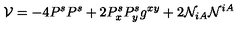
{ \cal V } = - 4 P ^ { s } P ^ { s } + 2 P _ { x } ^ { s } P _ { y } ^ { s } g ^ { x y } + 2 { \cal N } _ { i A } { \cal N } ^ { i A } \,